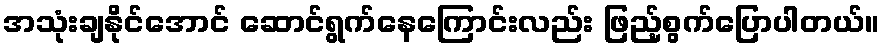
အသုံးချနိုင်အောင် ဆောင်ရွက်နေကြောင်းလည်း ဖြည့်စွက်ပြောပါတယ်။